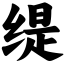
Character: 缇